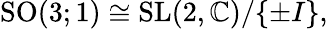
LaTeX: {\mathrm{SO}}(3;1)\cong{\mathrm{SL}}(2,\mathbb{C})/\{ \pm I\} ,